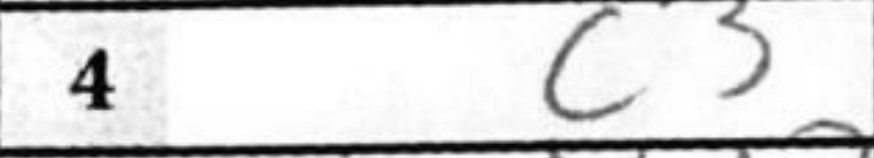
Transcription: c3